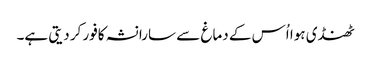
ٹھنڈی ہوا اُس کے دماغ سے سارا نشہ کافور کر دیتی ہے۔